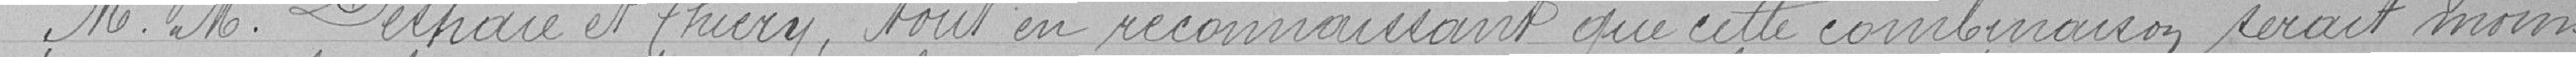
Messieurs Deshaie et Thiery, tout en reconnaissant que cette combinaison serait moins